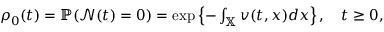
\begin{array} { r } { \rho _ { 0 } ( t ) = \mathbb { P } ( \mathcal { N } ( t ) = 0 ) = \exp \left\{ - \int _ { \mathbb { X } } v ( t , x ) d x \right\} , \quad t \geq 0 , } \end{array}